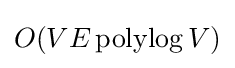
O(VE\operatorname {polylog} V)